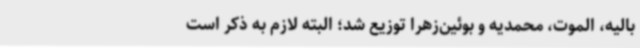
بالیه، الموت، محمدیه و بوئین‌زهرا توزیع شد؛ البته لازم به ذکر است